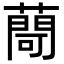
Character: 𦽅